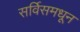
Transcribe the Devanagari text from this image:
सर्विसमधून